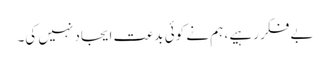
بے فکر رہیے ، ہم نے کوئی بدعت ایجاد نہیں کی۔